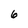
Character: 6